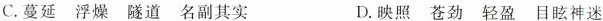
C.蔓延 浮燥 隧道 名副其实 D.映照 苍劲 轻盈 目眩神迷